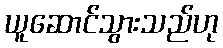
ယူဆောင်သွားသည်ဟု